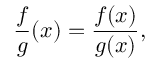
{ \frac { f } { g } } ( x ) = { \frac { f ( x ) } { g ( x ) } } ,